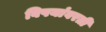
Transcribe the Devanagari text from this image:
विषयांवरती